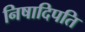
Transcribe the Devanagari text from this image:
निषादिपति